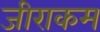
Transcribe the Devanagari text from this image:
जीराकम